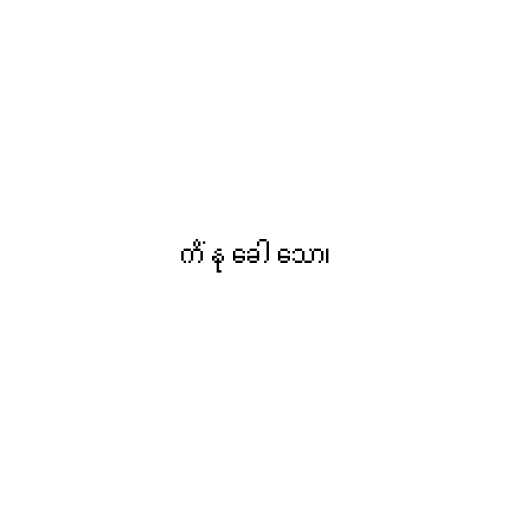
ကိံ နု ခေါ သော၊